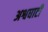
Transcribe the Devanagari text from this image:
अश्वघाटी